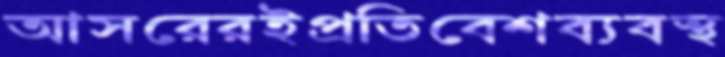
আসরেরইপ্রতিবেশব্যবস্থ